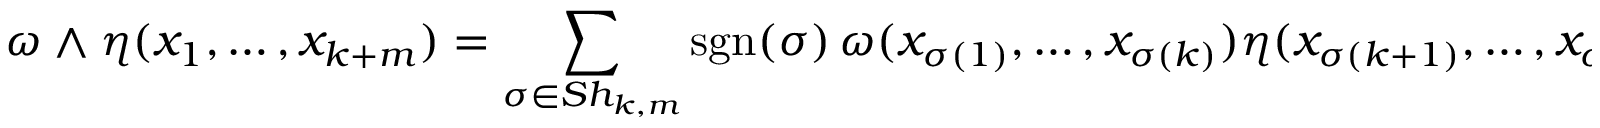
{ \omega \wedge \eta ( x _ { 1 } , \ldots , x _ { k + m } ) } = \sum _ { \sigma \in S h _ { k , m } } \operatorname { s g n } ( \sigma ) \, \omega ( x _ { \sigma ( 1 ) } , \ldots , x _ { \sigma ( k ) } ) \eta ( x _ { \sigma ( k + 1 ) } , \ldots , x _ { \sigma ( k + m ) } ) ,